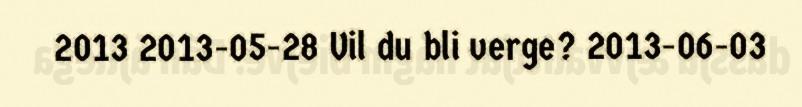
2013 2013-05-28 Vil du bli verge? 2013-06-03